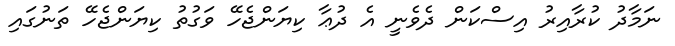
ނަމާދު ކުރާއިރު އިސްކަން ދެވެނީ އެ ދުޢާ ކިޔަންޖެހޭ ވަގުތު ކިޔަންޖެހޭ ތަނުގައި